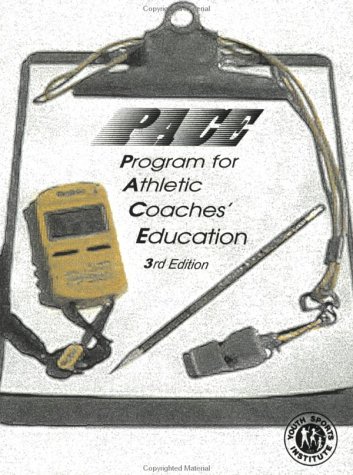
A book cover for PACE: Program for Athletic Coaches Education: Reference Manual and Study Guide; Vern Seefeldt; Sports & Outdoors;